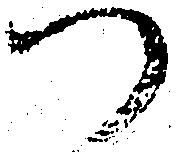
つ